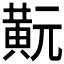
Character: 𪎹